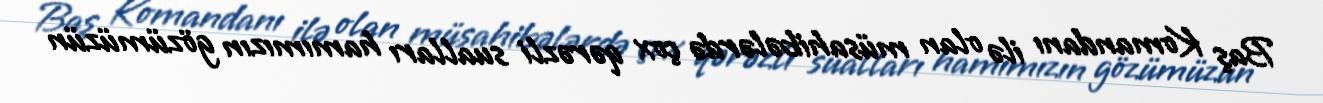
Baş Komandanı ilə olan müsahibələrdə çox qərəzli sualları hamımızın gözümüzün